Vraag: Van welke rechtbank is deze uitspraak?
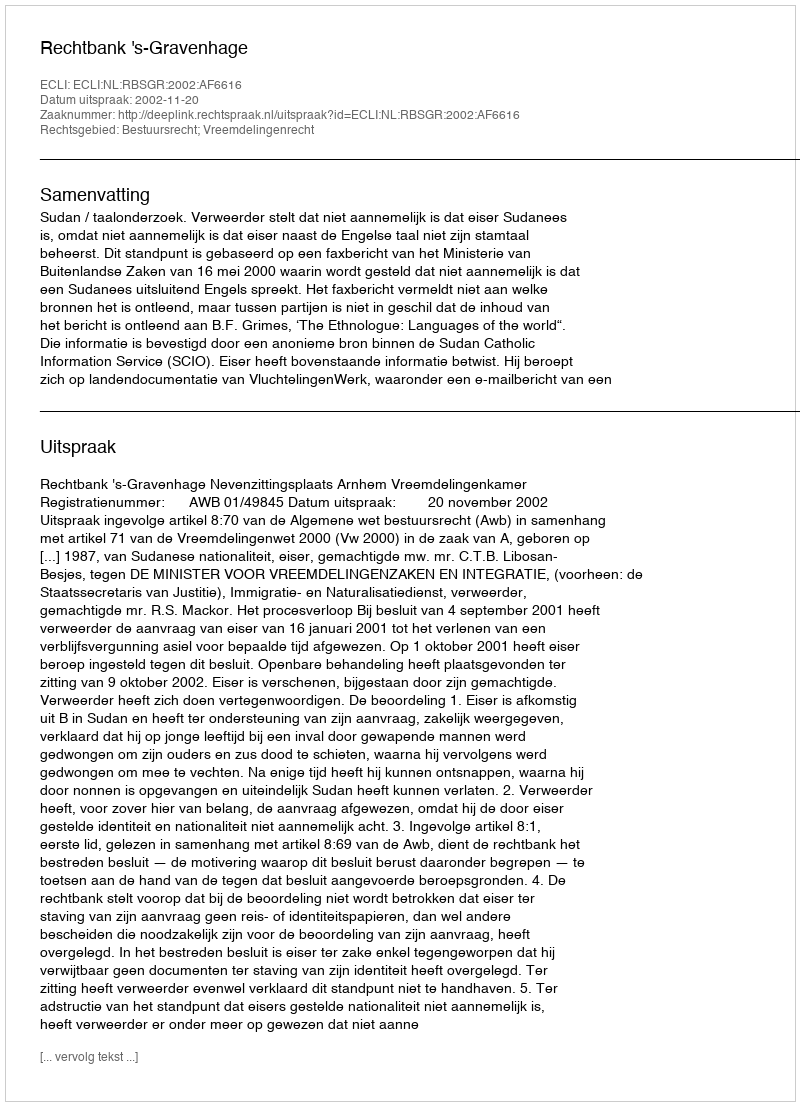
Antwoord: Rechtbank 's-Gravenhage